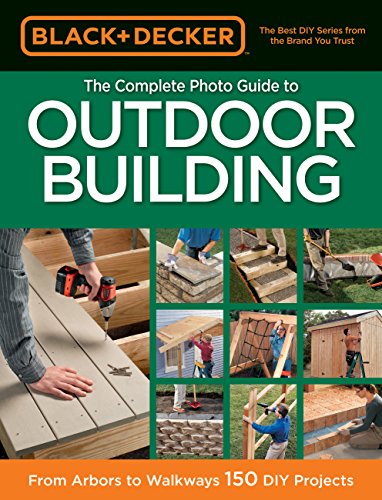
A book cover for Black & Decker The Complete Photo Guide to Outdoor Building: From Arbors to Walkways: 150 DIY Projects; Editors of CPi; Crafts, Hobbies & Home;